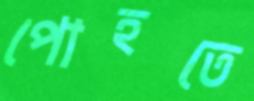
পোহতে